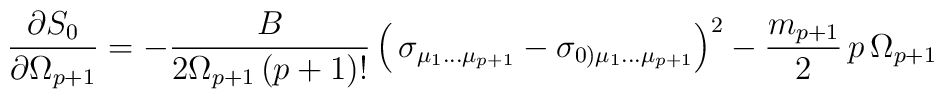
{\partial S_0\over\partial \Omega_{p+1}}=	 -{B\over 2\Omega_{p+1}\, (p+1)! }\left(\,	\sigma_{\mu_1\dots\mu_{p+1}}-	\sigma_{0)\mu_1\dots\mu_{p+1}}\right)^2-\frac{m_{p+1}}{2}\, p\,	 \Omega_{p+1}\,